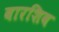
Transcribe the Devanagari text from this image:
बारशिव